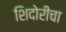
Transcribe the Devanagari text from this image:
शिदोरीचा